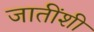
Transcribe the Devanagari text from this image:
जातींशी